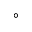
^ \circ